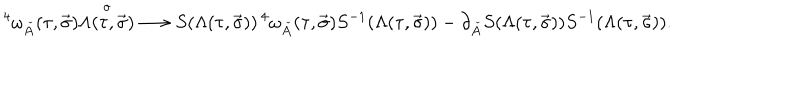
LaTeX: { } ^ { 4 } \omega _ { \check { A } } ( \tau , \vec { \sigma } ) { \frac { \buildrel o } { \Lambda ( \tau , \vec { \sigma } ) } } \longrightarrow S ( \Lambda ( \tau , \vec { \sigma } ) ) \, { } ^ { 4 } \omega _ { \check { A } } ( \tau , \vec { \sigma } ) S ^ { - 1 } ( \Lambda ( \tau , \vec { \sigma } ) ) - \partial _ { \check { A } } S ( \Lambda ( \tau , \vec { \sigma } ) ) S ^ { - 1 } ( \Lambda ( \tau , \vec { \sigma } ) ) .